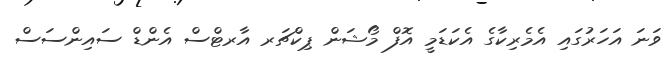
ވަނަ އަހަރުގައި އެމެރިކާގެ އެކަޑަމީ އޮފް މޯޝަން ޕިކްޗަރ އާރޓްސް އެންޑް ސައިންސަސް